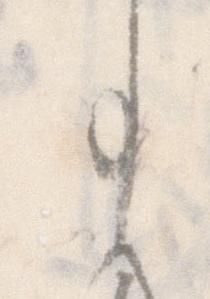
事